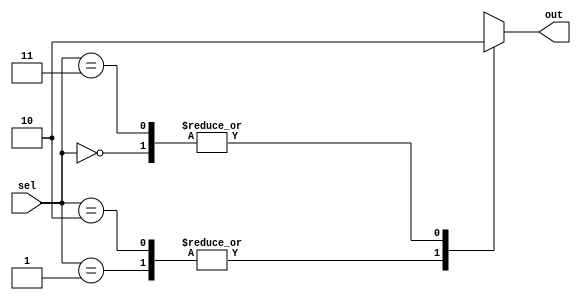
module unique_case_statement (
    input [1:0] sel,
    output reg out
);

always @(*)
begin
    case(sel)
        2'b00: out = 1'b0;
        2'b01: out = 1'b1;
        2'b10: out = 1'b1;
        2'b11: out = 1'b0;
    endcase
end

endmodule